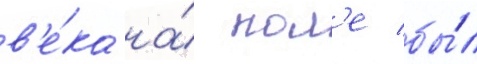
в'е́ка на́ пол'е бы́л